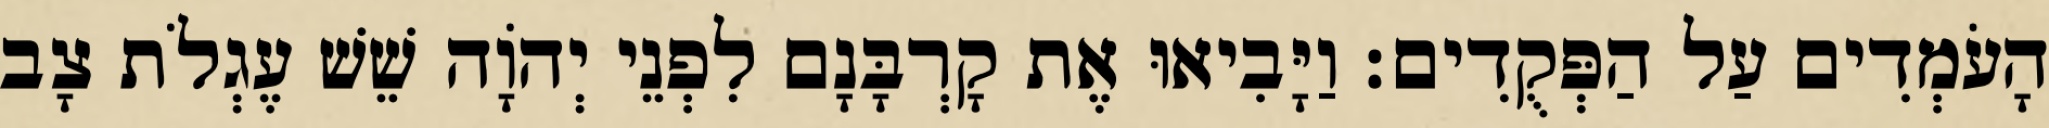
הָעֹמְדִים עַל הַפְּקֻדִים׃ וַיָּבִיאוּ אֶת קָרְבָּנָם לִפְנֵי יְהֹוָה שֵׁשׁ עֶגְלֹת צָב